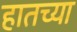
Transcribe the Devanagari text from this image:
हातच्या